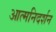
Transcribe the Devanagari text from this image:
आत्मनिदर्शन